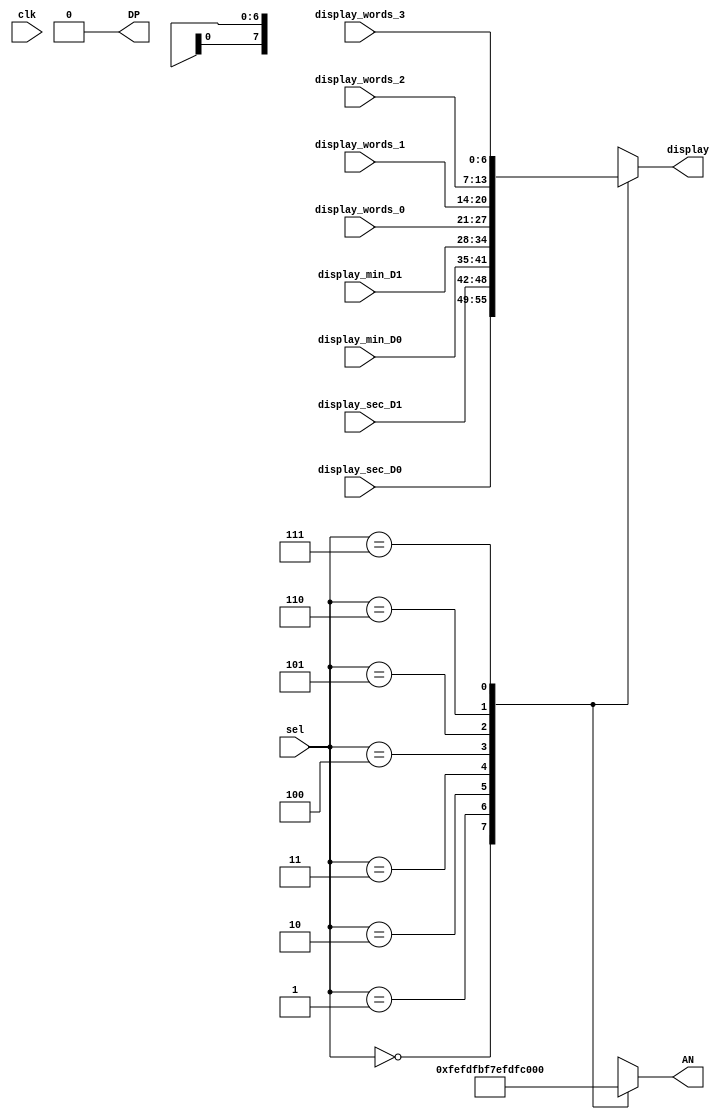
`timescale 1ns / 1ps
//////////////////////////////////////////////////////////////////////////////////
// Company: 
// Engineer: 
// 
// Design Name: 
// Module Name: anodeController
// Project Name: 
// Target Devices: 
// Tool Versions: 
// Description: 
// 
// Dependencies: 
// 
// Revision:
// Revision 0.01 - File Created
// Additional Comments:
// 
//////////////////////////////////////////////////////////////////////////////////

// decides which 7 seg pattern to display and where based on the refresh counter (2-bit, 400 Hz clk counter)
module anodeController(clk, sel, display_min_D1, display_min_D0, display_sec_D1, display_sec_D0,
         display_words_3, display_words_2, display_words_1, display_words_0, AN, DP, display);
input clk;
input [2:0] sel;
input [6:0] display_min_D1, display_min_D0, display_sec_D1, display_sec_D0;
input [6:0] display_words_3, display_words_2, display_words_1, display_words_0;
output reg [7:0] AN = 0;
output reg DP = 0;
output reg [6:0] display = 0;
    
reg [7:0] AN1, AN2, AN3, AN4, AN5, AN6, AN7, AN8;   // The eight segments that are to be lit up

always@(sel)
    begin
        AN1 = 8'b11111110; // sets a scenario for each individual 7 seg to be lit up
        AN2 = 8'b11111101;
        AN3 = 8'b11111011;
        AN4 = 8'b11110111;
        AN5 = 8'b11101111;
        AN6 = 8'b11011111;
        AN7 = 8'b10111111;
        AN8 = 8'b01111111;
            
        case(sel)
            3'b000: // if counter is at 0
                begin
                    display <= display_sec_D0; // select 1st pattern
                    AN <= AN1; // light up 1st 7 seg display
                end
            3'b001: // if counter is at 1
                begin
                    display <= display_sec_D1; // select 2nd pattern
                    AN <= AN2; // light up 2nd 7seg display
                end
            3'b010: // if counter is at 2
                begin
                    display <= display_min_D0; // select 3rd pattern
                    AN <= AN3; // light up 3rd 7seg display
                end
            3'b011: // if counter is at 3
                begin
                    display <= display_min_D1; // select 4th pattern
                    AN <= AN4; // light up 4th 7seg display
                end

            3'b100: // if counter is at 4
                begin
                    display <= display_words_0; // select 5th pattern
                    AN <= AN5; // light up 5th 7seg display
                end
            3'b101: // if counter is at 5
                begin
                    display <= display_words_1; // select 6th pattern
                    AN <= AN6; // light up 6th 7seg display
                end
            3'b110: // if counter is at 6
                begin
                    display <= display_words_2; // select 7th pattern
                    AN <= AN7; // light up 7th 7seg display
                end
            3'b111: // if counter is at 7
                begin
                    display <= display_words_3; // select 8th pattern
                    AN <= AN8; // light up 8th 7seg display
                end
            default:
                begin
                    display <= 7'b0111111; // otherwise display '-' and this
                    AN <= 8'b01010101; // flipping pattern
                end
        endcase
    end
endmodule